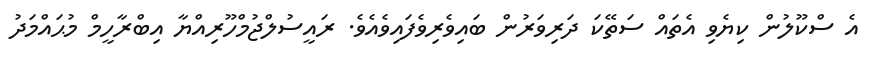
އެ ސްކޫލުން ކިޔެވި އެތައް ސަތޭކަ ދަރިވަރުން ބައިވެރިވެފައިވެއެވެ. ރައީސުލްޖުމްހޫރިއްޔާ އިބްރާހީމް މުޙައްމަދު